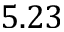
5 . 2 3